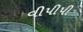
વીપીપી